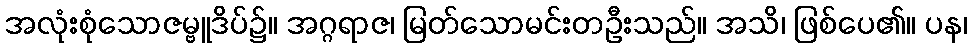
အလုံးစုံသောဇမ္ဗူဒိပ်၌။ အဂ္ဂရာဇ၊ မြတ်သောမင်းတဦးသည်။ အသိ၊ ဖြစ်ပေ၏။ ပန၊